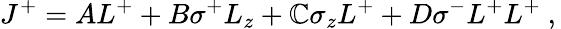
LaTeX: J^{+}={AL^{+}+B\sigma^{+}L_{z}+\mathbb{C}\sigma_{z}L^{+}+D\sigma^{-}L^{+}L^{+}}~,\,